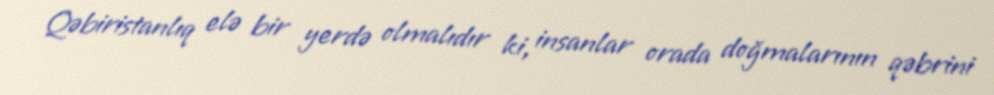
Qəbiristanlıq elə bir yerdə olmalıdır ki, insanlar orada doğmalarının qəbrini